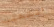
انتهيت